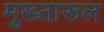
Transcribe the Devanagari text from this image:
मुख्तारूल